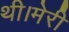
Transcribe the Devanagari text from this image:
थी।मेरी